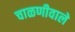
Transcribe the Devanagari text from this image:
चाळणीवाले